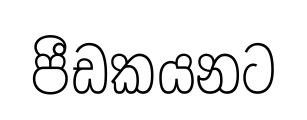
පීඩකයනට